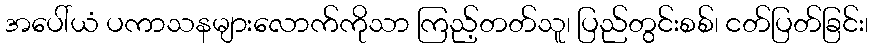
အပေါ်ယံ ပကာသနများလောက်ကိုသာ ကြည့်တတ်သူ၊ ပြည်တွင်းစစ်၊ ငတ်ပြတ်ခြင်း၊